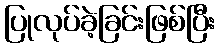
ပြုလုပ်ခဲ့ခြင်းဖြစ်ပြီး